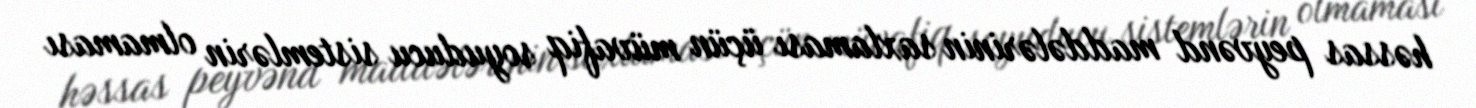
həssas peyvənd maddələrinin saxlaması üçün müvafiq soyuducu sistemlərin olmaması